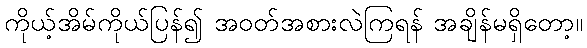
ကိုယ့်အိမ်ကိုယ်ပြန်၍ အဝတ်အစားလဲကြရန် အချိန်မရှိတော့။